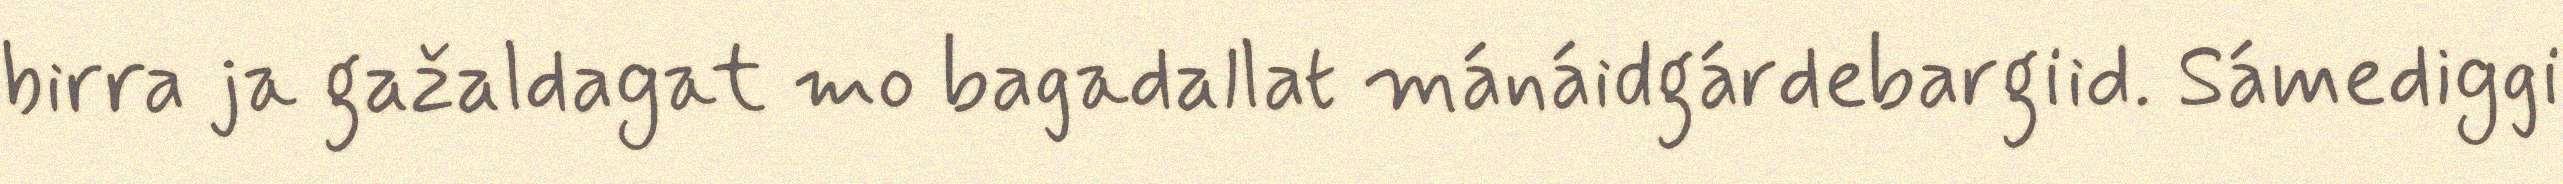
birra ja gažaldagat mo bagadallat mánáidgárdebargiid. Sámediggi